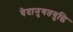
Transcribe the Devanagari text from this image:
वेदानुगतबुद्धि